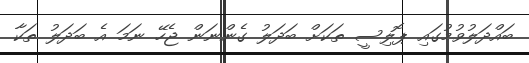
ބައްދަލުވުމުގައި ޕޮލިސީ ތަކަށް ބަދަލު ގެންނަން ޖެހޭ ނަމަ އެ ބަދަލު ތަކާ